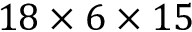
1 8 \times { } 6 \times { } 1 5